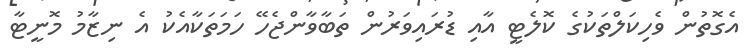
އެގޮތުން ވެހިކަލްތަކުގެ ކޮލެޓީ އާއި ޑުރައިވަރުން ތަބާވާންޖެހޭ ހަމަތަކާއެކު އެ ނިޒާމު މޮނީޓާ